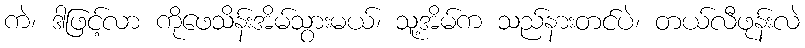
ကဲ၊ ဒါဖြင့်လာ ကိုဖေသိန်းအိမ်သွားမယ်၊ သူ့အိမ်က သည်နားတင်ပဲ၊ တယ်လီဖုန်းလဲ